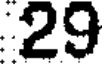
29